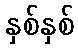
နှစ်နှစ်